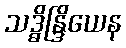
သဒ္ဓိန္ဒြိယေန